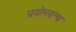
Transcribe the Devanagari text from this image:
प्रयोगग्रन्थ